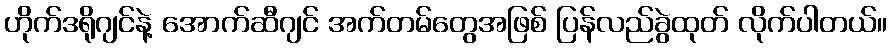
ဟိုက်ဒရိုဂျင်နဲ့ အောက်ဆီဂျင် အက်တမ်တွေအဖြစ် ပြန်လည်ခွဲထုတ် လိုက်ပါတယ်။